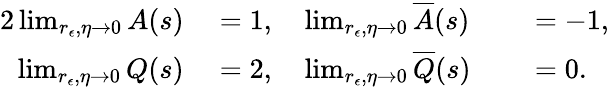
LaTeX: \begin{array}{rlrl}{{2}\operatorname*{lim}_{r_{\epsilon},\eta\rightarrow 0}A(s)}&{{}=1,\quad\operatorname*{lim}_{r_{\epsilon},\eta\rightarrow 0}\overline{{A}}(s)}&{}&{{}=-1,}\\ {\operatorname*{lim}_{r_{\epsilon},\eta\rightarrow 0}Q(s)}&{{}=2,\quad\operatorname*{lim}_{r_{\epsilon},\eta\rightarrow 0}\overline{{Q}}(s)}&{}&{{}=0.}\end{array}